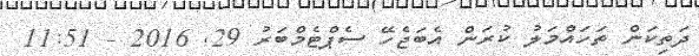
ދަތިކަން ތަހައްމަލު ކުރަން އެބަޖެހޭ ސެޕްޓެމްބަރު 29